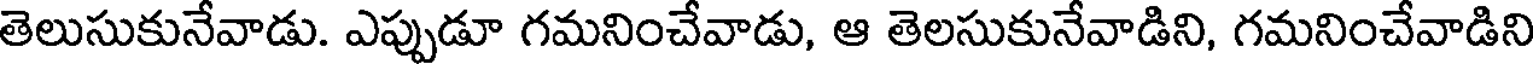
తెలుసుకునేవాడు. ఎప్పుడూ గమనించేవాడు, ఆ తెలసుకునేవాడిని, గమనించేవాడిని